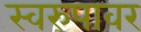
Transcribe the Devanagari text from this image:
स्वरुपावर